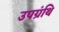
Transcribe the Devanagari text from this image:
उपग्रंथि